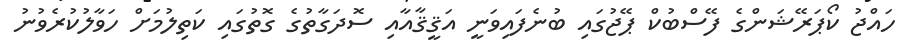
ހައްޖު ކޯޕަރޭޝަންގެ ފޭސްބުކް ޕޭޖުގައި ބުނެފައިވަނީ އަޤީޤާއާއި ސޮދަގާތުގެެ ގޮތުގައި ކަތިލުމަށް ހަވާލުކުރެވުނު